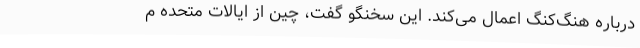
درباره هنگ‌کنگ اعمال می‌کند. این سخنگو گفت، چین از ایالات متحده م